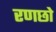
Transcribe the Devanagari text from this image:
रणछो